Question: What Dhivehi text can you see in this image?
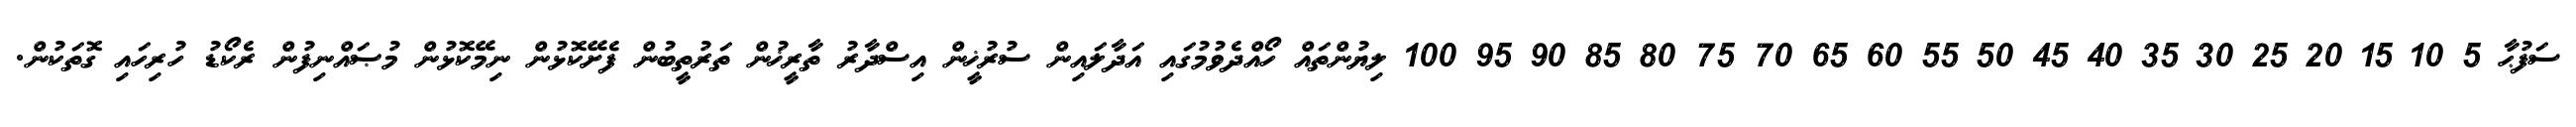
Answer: ސަފުޙާ 5 10 15 20 25 30 35 40 45 50 55 60 65 70 75 80 85 90 95 100 ލިޔުންތައް ހޯއްދެވުމުގައި އަދާލައިން ސުރުޚީން އިސްދާރު ތާރީޚުން ތަރުތީބުން ފެށޭކޮޅުން ނިމޭކޮޅުން މުޞައްނިފުން ރެކޯޑު ހުރިހައި ގޮތަކުން.